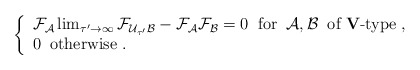
\begin{align*}\left\{ \begin{array}{l}{\cal F_A} \lim_{\tau^\prime \rightarrow \infty}{\cal F}_{{\cal U}_{\tau^\prime} {\cal B}} -{\cal F_A F_B} = 0 \; \; \mbox{for} \; \; {\cal A,B} \; \;\mbox{of {\bf V}-type} \; , \\0 \; \; \mbox{otherwise} \; . \end{array} \right.\end{align*}